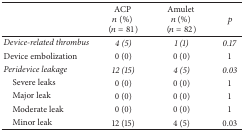
<table><thead><tr><td><b> </b></td><td><b>ACP <i>n</i> (%) (<i>n</i> = 81)</b></td><td><b>Amulet <i>n</i> (%) (<i>n</i> = 82)</b></td><td><b><i>p</i></b></td></tr></thead><tbody><tr><td><i>Device-related thrombus</i></td><td><i>4 (5)</i></td><td><i>1 (1)</i></td><td><i>0.17</i></td></tr><tr><td>Device embolization</td><td>0 (0)</td><td>0 (0)</td><td>1</td></tr><tr><td><i>Peridevice leakage</i></td><td><i>12 (15)</i></td><td><i>4 (5)</i></td><td><i>0.03</i></td></tr><tr><td> Severe leaks</td><td>0 (0)</td><td>0 (0)</td><td>1</td></tr><tr><td> Major leak</td><td>0 (0)</td><td>0 (0)</td><td>1</td></tr><tr><td> Moderate leak</td><td>0 (0)</td><td>0 (0)</td><td>1</td></tr><tr><td> Minor leak</td><td>12 (15)</td><td>4 (5)</td><td>0.03</td></tr></tbody></table>